Annual report on the Civil Veterinary Department, Burma (including the Insein Veterinary School) - 1910-1922
Year: 1910
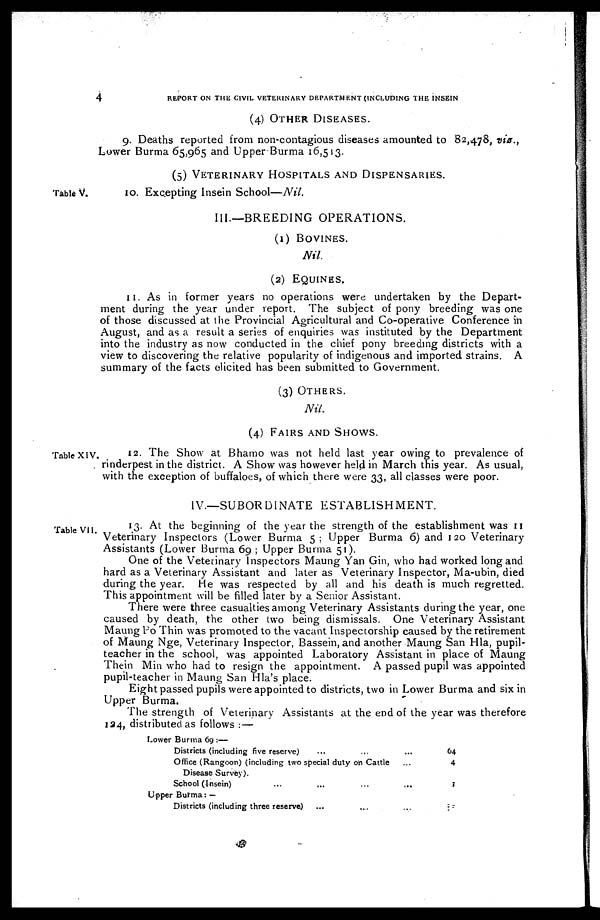
4
REPORT ON THE CIVIL VETERINARY DEPARTMENT (INCLUDING THE INSEIN
(4) OTHER DISEASES.
9. Deaths reported from non-contagious diseases amounted to 82,478, viz.,
Lower Burma 65,965 and Upper Burma 16,513.
(5) VETERINARY HOSPITALS N AND DISPENSARIES.
Table V.
10. Excepting Insein School—Nil.
Ill—BREEDING OPERATIONS.
(1) BOVINES.
Nil.
(2) EQUINES.
11. As in former years no operations were undertaken by the Depart-
ment during the year under report. The subject of pony breeding was one
of those discussed at the Provincial Agricultural and Co-operative Conference in
August, and as a result a series of enquiries was instituted by the Department
into the industry as now conducted in the chief pony breeding districts with a
view to discovering the relative popularity of indigenous and imported strains. A
summary of the facts elicited has been submitted to Government.
(3) OTHERS.
Nil.
(4) FAIRS AND SHOWS.
Table XIV.
12. The Show at Bhamo was not held last year owing to prevalence of
rinderpest in the district. A Show was however held in March this year. As usual,
with the exception of buffaloes, of which there were 33, all classes were poor.
IV.—SUBORDINATE ESTABLISHMENT.
Table VII.
13. At the beginning of the year the strength of the establishment was 11
Veterinary Inspectors (Lower Burma 5; Upper Burma 6) and 120 Veterinary
Assistants (Lower Burma 69 ; Upper Burma 51).
One of the Veterinary Inspectors Maung Yan Gin, who had worked long and
hard as a Veterinary Assistant and later as Veterinary Inspector, Ma-ubin, died
during the year. He was respected by all and his death is much regretted.
This appointment will be filled later by a Senior Assistant.
There were three casualties among Veterinary Assistants during the year, one
caused by death, the other two being dismissals. One Veterinary Assistant
Maung Po Thin was promoted to the vacant Inspectorship caused by the retirement
of Maung Nge, Veterinary Inspector, Bassein, and another Maung San Hla, pupil-
teacher in the school, was appointed Laboratory Assistant in place of Maung
Thein Min who had to resign the appointment. A passed pupil was appointed
pupil-teacher in Maung San Hla's place.
Eight passed pupils were appointed to districts, two in Lower Burma and six in
Upper Burma.
The strength of Veterinary Assistants at the end of the year was therefore
124, distributed as follows :—
Lower Burma 69 :—
Districts (including five reserve) ... ... ...
Office (Rangoon) (including two special duty on Cattle ...
Disease Survey).
School (Insein) .. ... ... ....
Upper Burma ...
Districts (including three reserve) ... ... ...
64
4